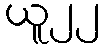
ယူ၂၂